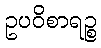
ဥပဝိစာရဉ္စ